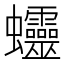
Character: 𧖜